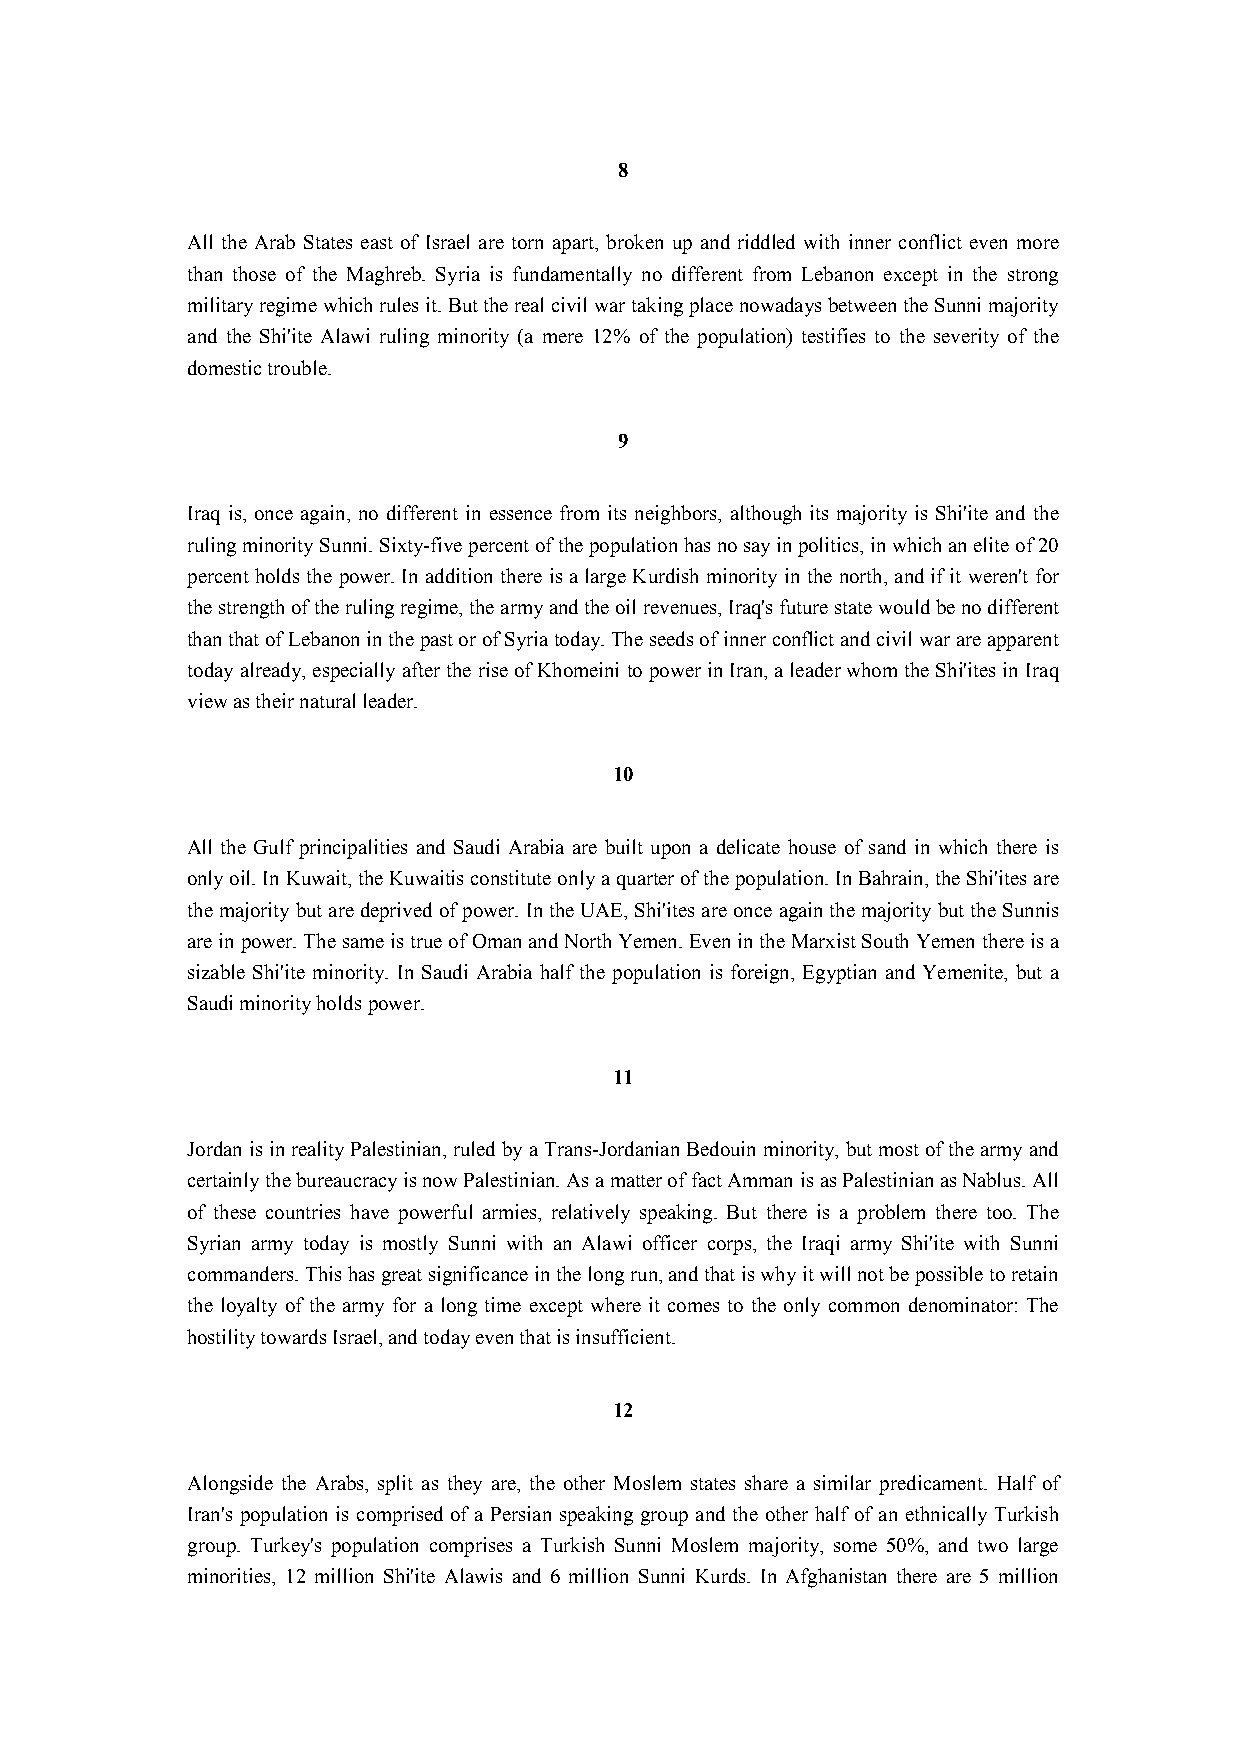
8
 All the Arab States east of Israel are torn apart, broken up and riddled with inner conflict even more
 than those of the Maghreb. Syria is fundamentally no different from Lebanon except in the strong
 military regime which rules it. But the real civil war taking place nowadays between the Sunni majority
 and the Shi'ite Alawi ruling minority (a mere 12% of the population) testifies to the severity of the
 domestic trouble.
 9
 Iraq is, once again, no different in essence from its neighbors, although its majority is Shi'ite and the
 ruling minority Sunni. Sixty-five percent of the population has no say in politics, in which an elite of 20
 percent holds the power. In addition there is a large Kurdish minority in the north, and if it weren't for
 the strength of the ruling regime, the army and the oil revenues, Iraq's future state would be no different
 than that of Lebanon in the past or of Syria today. The seeds of inner conflict and civil war are apparent
 today already, especially after the rise of Khomeini to power in Iran, a leader whom the Shi'ites in Iraq
 view as their natural leader.
 10
 All the Gulf principalities and Saudi Arabia are built upon a delicate house of sand in which there is
 only oil. In Kuwait, the Kuwaitis constitute only a quarter of the population. In Bahrain, the Shi'ites are
 the majority but are deprived of power. In the UAE, Shi'ites are once again the majority but the Sunnis
 are in power. The same is true of Oman and North Yemen. Even in the Marxist South Yemen there is a
 sizable Shi'ite minority. In Saudi Arabia half the population is foreign, Egyptian and Yemenite, but a
 Saudi minority holds power.
 11
 Jordan is in reality Palestinian, ruled by a Trans-Jordanian Bedouin minority, but most of the army and
 certainly the bureaucracy is now Palestinian. As a matter of fact Amman is as Palestinian as Nablus. All
 of these countries have powerful armies, relatively speaking. But there is a problem there too. The
 Syrian army today is mostly Sunni with an Alawi officer corps, the Iraqi army Shi'ite with Sunni
 commanders. This has great significance in the long run, and that is why it will not be possible to retain
 the loyalty of the army for a long time except where it comes to the only common denominator: The
 hostility towards Israel, and today even that is insufficient.
 12
 Alongside the Arabs, split as they are, the other Moslem states share a similar predicament. Half of
 Iran's population is comprised of a Persian speaking group and the other half of an ethnically Turkish
 group. Turkey's population comprises a Turkish Sunni Moslem majority, some 50%, and two large
 minorities, 12 million Shi'ite Alawis and 6 million Sunni Kurds. In Afghanistan there are 5 million